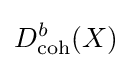
D_{\operatorname {coh} }^{b}(X)